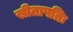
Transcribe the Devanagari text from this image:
सीतापतिः